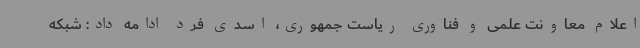
اعلام معاونت علمی و فناوری ریاست جمهوری، اسدی فرد ادامه داد: شبکه